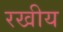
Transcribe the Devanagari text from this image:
रखीय